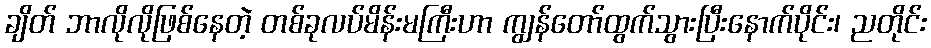
ချိတ် ဘာလိုလိုဖြစ်နေတဲ့ တစ်ခုလပ်မိန်းမကြီးဟာ ကျွန်တော်ထွက်သွားပြီးနောက်ပိုင်း၊ ညတိုင်း